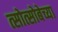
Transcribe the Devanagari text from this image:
त्सोत्सोबेच्या